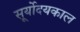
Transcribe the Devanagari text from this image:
सूर्योदयकाल